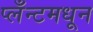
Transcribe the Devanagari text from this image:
प्लँन्टमधून